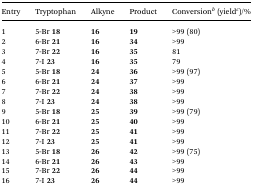
<table><thead><tr><td><b>Entry</b></td><td><b>Tryptophan</b></td><td><b>Alkyne</b></td><td><b>Product</b></td><td><b>Conversion<sup><i>b</i></sup> (yield<sup><i>c</i></sup>)/%</b></td></tr></thead><tbody><tr><td>1</td><td>5-Br <b>18</b></td><td><b>16</b></td><td><b>19</b></td><td>&gt;99 (80)</td></tr><tr><td>2</td><td>6-Br <b>21</b></td><td><b>16</b></td><td><b>34</b></td><td>&gt;99</td></tr><tr><td>3</td><td>7-Br <b>22</b></td><td><b>16</b></td><td><b>35</b></td><td>81</td></tr><tr><td>4</td><td>7-I <b>23</b></td><td><b>16</b></td><td><b>35</b></td><td>79</td></tr><tr><td>5</td><td>5-Br <b>18</b></td><td><b>24</b></td><td><b>36</b></td><td>&gt;99 (97)</td></tr><tr><td>6</td><td>6-Br <b>21</b></td><td><b>24</b></td><td><b>37</b></td><td>&gt;99</td></tr><tr><td>7</td><td>7-Br <b>22</b></td><td><b>24</b></td><td><b>38</b></td><td>&gt;99</td></tr><tr><td>8</td><td>7-I <b>23</b></td><td><b>24</b></td><td><b>38</b></td><td>&gt;99</td></tr><tr><td>9</td><td>5-Br <b>18</b></td><td><b>25</b></td><td><b>39</b></td><td>&gt;99 (79)</td></tr><tr><td>10</td><td>6-Br <b>21</b></td><td><b>25</b></td><td><b>40</b></td><td>&gt;99</td></tr><tr><td>11</td><td>7-Br <b>22</b></td><td><b>25</b></td><td><b>41</b></td><td>&gt;99</td></tr><tr><td>12</td><td>7-I <b>23</b></td><td><b>25</b></td><td><b>41</b></td><td>&gt;99</td></tr><tr><td>13</td><td>5-Br <b>18</b></td><td><b>26</b></td><td><b>42</b></td><td>&gt;99 (75)</td></tr><tr><td>14</td><td>6-Br <b>21</b></td><td><b>26</b></td><td><b>43</b></td><td>&gt;99</td></tr><tr><td>15</td><td>7-Br <b>22</b></td><td><b>26</b></td><td><b>44</b></td><td>&gt;99</td></tr><tr><td>16</td><td>7-I <b>23</b></td><td><b>26</b></td><td><b>44</b></td><td>&gt;99</td></tr></tbody></table>